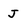
Character: J